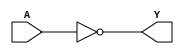
`timescale  1ns /  10ps

`celldefine

/* NOT */

module inv (
  input  wire A ,
  output reg  Y );
  always @* Y = ~(A) ;
endmodule


/* BUFIF1 */

module tribuf (
  input  wire A ,
  input  wire E ,
  output reg  Y );
  always @* Y = E ? A : 'bz ;
endmodule


/* AND */


/* NAND */

module nd2 (
  input  wire A ,
  input  wire B ,
  output reg  Y );
  always @* Y = ~(A & B);
endmodule

module nd3 (
  input  wire A ,
  input  wire B ,
  input  wire C ,
  output reg  Y );
  always @* Y = ~(A & B & C);
endmodule

module nd8 (
  input  wire A ,
  input  wire B ,
  input  wire C ,
  input  wire D ,
  input  wire E ,
  input  wire F ,
  input  wire G ,
  input  wire H ,
  output reg  Y );
  always @* Y = ~(A & B & C & D & E & F & G & H);
endmodule


/* OR */

module or2 (
  input  wire A ,
  input  wire B ,
  output reg  Y );
  always @* Y = (A | B);
endmodule


/* NOR */

module nr2 (
  input  wire A ,
  input  wire B ,
  output reg  Y );
  always @* Y = ~(A | B);
endmodule

module nr3 (
  input  wire A ,
  input  wire B ,
  input  wire C ,
  output reg  Y );
  always @* Y = ~(A | B | C);
endmodule


/* AND-OR-INV */

module ao21 (
  input  wire A ,
  input  wire B ,
  input  wire C ,
  output reg  Y );
  always @* Y = ~((A & B) | C);
endmodule

module ao211 (
  input  wire A ,
  input  wire B ,
  input  wire C ,
  input  wire D ,
  output reg  Y );
  always @* Y = ~((A & B) | C | D);
endmodule


/* OR-AND-INV */

module oa21 (
  input  wire A ,
  input  wire B ,
  input  wire C ,
  output reg  Y );
  always @* Y = ~((A | B) & C);
endmodule

module oa211 (
  input  wire A ,
  input  wire B ,
  input  wire C ,
  input  wire D ,
  output reg  Y );
  always @* Y = ~((A | B) & C & D);
endmodule


/* D-TYPE FLIP-FLOPS */

module dff_neg (
  input  wire D   ,
  input  wire CKN ,
  output reg  Q   );
  always @(negedge CKN)
    Q <= D ;
endmodule

module dffr (
  input  wire D  ,
  input  wire CK ,
  input  wire RN ,
  output reg  Q  );
  always @(posedge CK,
           negedge RN)
    Q <= RN ? D : 'b0 ;
endmodule

module dffs (
  input  wire D  ,
  input  wire CK ,
  input  wire SN ,
  output reg  Q  ,
  output reg  QN );
  always @(posedge CK,
           negedge SN)
    begin
      Q  <= SN ?  D : 'b1;
      QN <= SN ? ~D : 'b0;
    end
endmodule

module dffrs (
  input  wire D  ,
  input  wire CK ,
  input  wire RN ,
  input  wire SN ,
  output reg  Q  ,
  output reg  QN );
  always @(posedge CK,
           negedge RN,
           negedge SN)
    begin
      Q  <= SN ? RN ?  D : 'b0 : 1'b1; // SN beats RN
      QN <= RN ? SN ? ~D : 'b0 : 1'b1; // RN beats SN
    end
endmodule

`endcelldefine